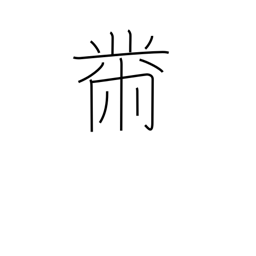
Meaning: sewing radical (no. 204)